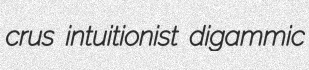
crus intuitionist digammic